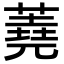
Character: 蕘